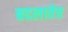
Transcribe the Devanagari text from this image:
बदलावेच